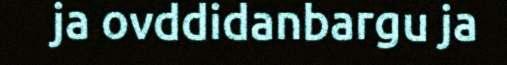
ja ovddidanbargu ja